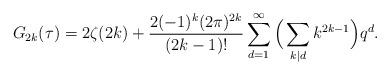
LaTeX: \begin{align*}G_{2k}(\tau) = 2\zeta(2k) + \frac{2(-1)^k(2\pi)^{2k}}{(2k-1)!}\sum_{d=1}^\infty \Big(\sum_{k \mid d} k^{2k-1}\Big) q^d.\end{align*}